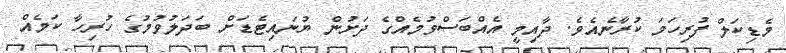
މެޑިކަލް ފުރިހަމަ ކުރާނެއެވެ. ދާއިމީ އެއްބަސްވުމެއްގެ ދަށުން ޔުނައިޓެޑަށް ބަދަލުވުމުގެ ހުރިހާ ކަމެއް